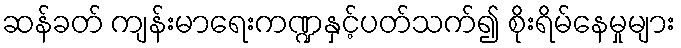
ဆန်ခတ် ကျန်းမာရေးကဏ္ဍနှင့်ပတ်သက်၍ စိုးရိမ်နေမှုများ